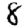
Digit: 8